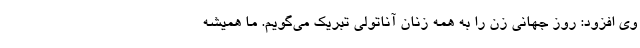
وی افزود: روز جهانی زن را به همه زنان آناتولی تبریک می‌گویم. ما همیشه